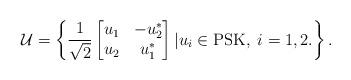
LaTeX: \begin{align*}\mathcal{U}=\left\lbrace \frac{1}{\sqrt{2}}\begin{bmatrix}u_1 & -u_2^* \\u_2 & u_1^*\end{bmatrix} | u_i \in \mbox{PSK}, \; i=1,2.\right\rbrace.\end{align*}